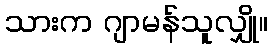
သားက ဂျာမန်သူလျှို။